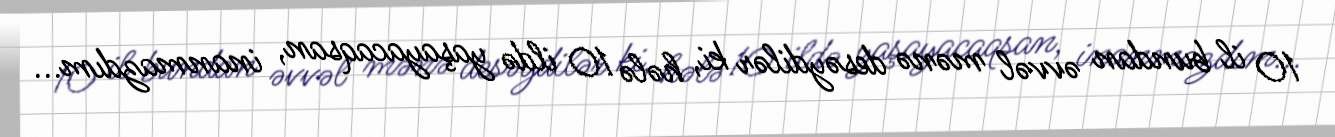
10 il bundan əvvəl mənə desəydilər ki, hələ 10 ildə yaşayacaqsan, inanmazdım...